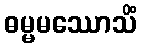
ဓမ္မမဿောသိံ